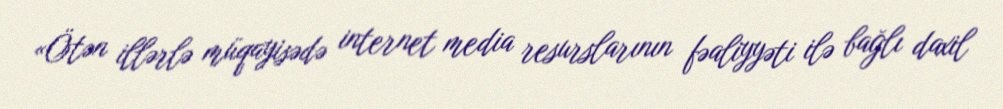
«Ötən illərlə müqayisədə internet media resurslarının fəaliyyəti ilə bağlı daxil